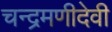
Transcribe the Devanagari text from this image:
चन्द्रमणीदेवी